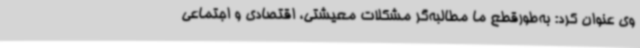
وی عنوان کرد: به‌طورقطع ما مطالبه‌گر مشکلات معیشتی، اقتصادی و اجتماعی